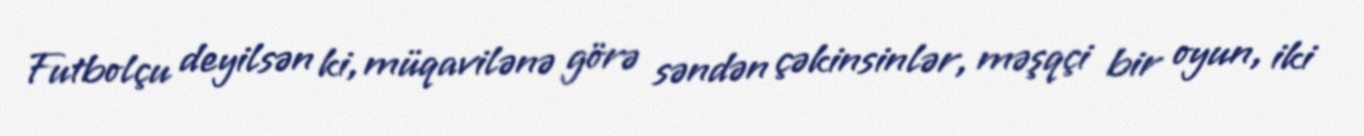
Futbolçu deyilsən ki, müqavilənə görə səndən çəkinsinlər, məşqçi bir oyun, iki